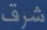
شرف